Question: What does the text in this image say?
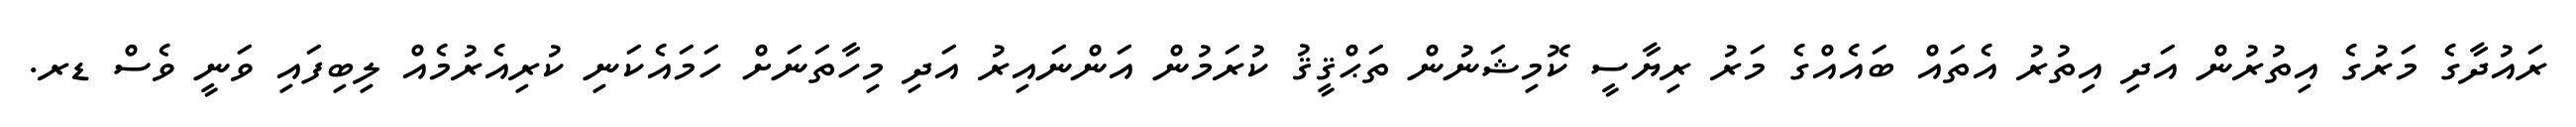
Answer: ރައުދާގެ މަރުގެ އިތުރުން އަދި އިތުރު އެތައް ބައެއްގެ މަރު ރިޔާސީ ކޮމިޝަނުން ތަޙްޤީޤު ކުރަމުން އަންނައިރު އަދި މިހާތަނަށް ހަމައެކަނި ކުރިއެރުމެއް ލިބިފައި ވަނީ ވެސް ޑރ.